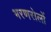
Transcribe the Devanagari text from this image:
भरणरोलों